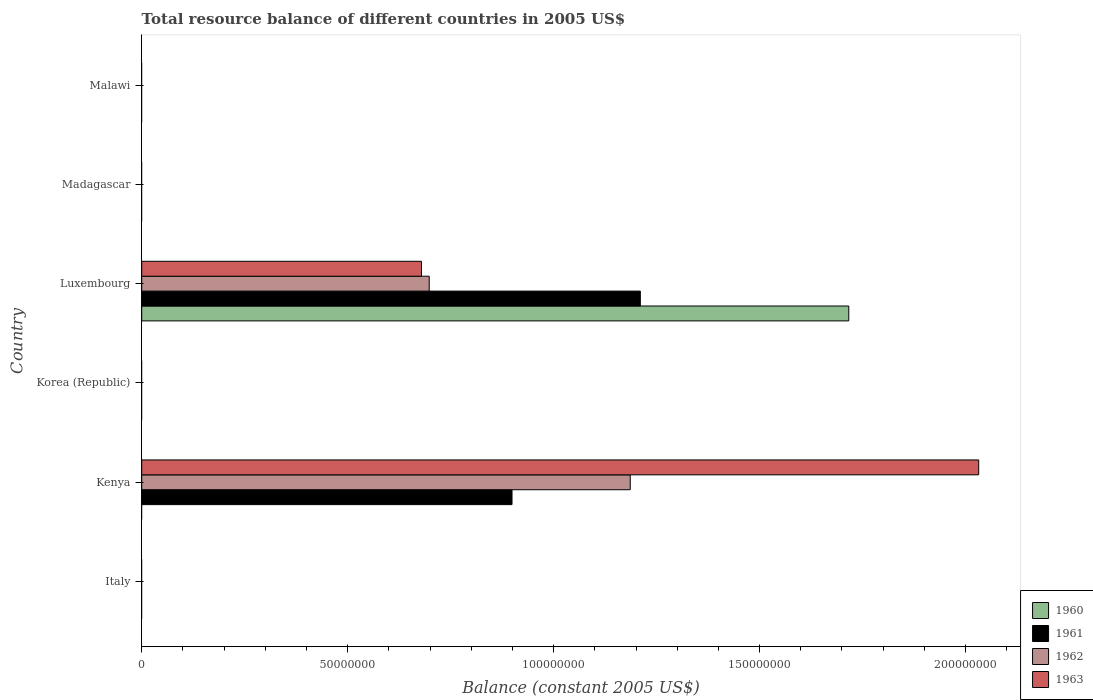
| Country | 1960 | 1961 | 1962 | 1963 |
 | --- | --- | --- | --- | --- |
 | Italy | -4.76e+07 | -1.02e+07 | -8.69e+07 | -4.06e+08 |
 | Kenya | -1.46e+08 | 8.99e+07 | 1.19e+08 | 2.03e+08 |
 | Korea (Republic) | -2.32e+10 | -2.84e+10 | -4.15e+10 | -5.56e+10 |
 | Luxembourg | 1.72e+08 | 1.21e+08 | 6.98e+07 | 6.79e+07 |
 | Madagascar | -2.19e+09 | -1.69e+09 | -1.69e+09 | -2.68e+09 |
 | Malawi | -1.9e+07 | -1.94e+07 | -1.78e+07 | -2.13e+07 |